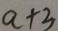
a + 3